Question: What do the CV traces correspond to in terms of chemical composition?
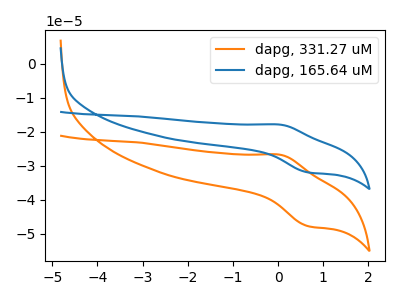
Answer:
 <answer>The orange curve is labeled "dapg, 331.27 uM". The blue curve is labeled "dapg, 165.64 uM".</answer>
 <eval></eval>